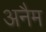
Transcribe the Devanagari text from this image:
अनैम